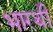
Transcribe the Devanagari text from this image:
भारथी